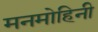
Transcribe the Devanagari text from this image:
मनमोहिनी